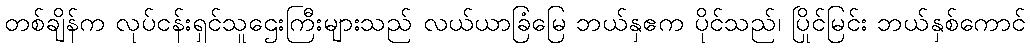
တစ်ချိန်က လုပ်ငန်းရှင်သူဌေးကြီးများသည် လယ်ယာခြံမြေ ဘယ်နှဧက ပိုင်သည်၊ ပြိုင်မြင်း ဘယ်နှစ်ကောင်